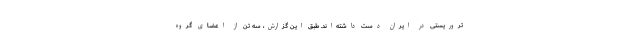
تروریستی در ایران دست داشته‌اند. طبق این گزارش، سه تن از اعضای گروه